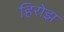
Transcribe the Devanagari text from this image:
हिरोझ